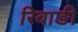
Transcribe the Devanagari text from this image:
रिवाङी